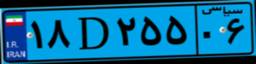
۱۸D۲۵۵۰۶